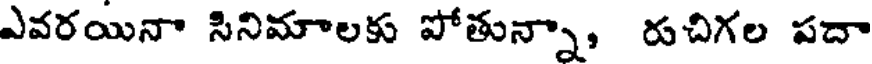
ఎవరయినా సినిమాలకు పోతున్నా, రుచిగల పదా